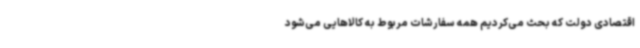
اقتصادی دولت که بحث می‌کردیم همه سفارشات مربوط به کالاهایی می‌شود